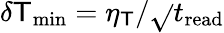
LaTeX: \delta\mathsf{T}_{\mathrm{{min}}}=\eta_{\mathsf{T}}/\sqrt{}{{t_{\mathrm{{read}}}}}